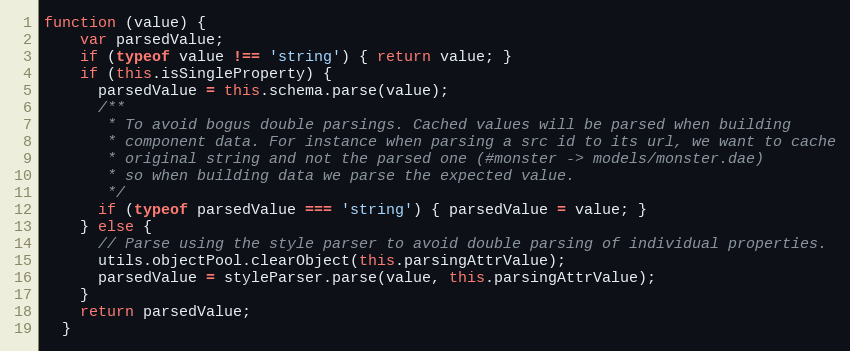
Language: JavaScript
function (value) {
    var parsedValue;
    if (typeof value !== 'string') { return value; }
    if (this.isSingleProperty) {
      parsedValue = this.schema.parse(value);
      /**
       * To avoid bogus double parsings. Cached values will be parsed when building
       * component data. For instance when parsing a src id to its url, we want to cache
       * original string and not the parsed one (#monster -> models/monster.dae)
       * so when building data we parse the expected value.
       */
      if (typeof parsedValue === 'string') { parsedValue = value; }
    } else {
      // Parse using the style parser to avoid double parsing of individual properties.
      utils.objectPool.clearObject(this.parsingAttrValue);
      parsedValue = styleParser.parse(value, this.parsingAttrValue);
    }
    return parsedValue;
  }